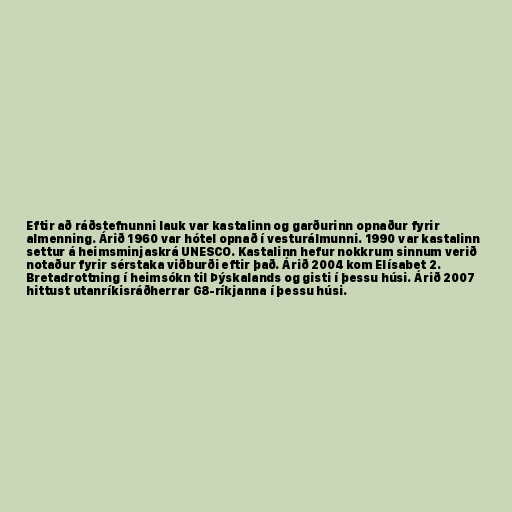
Eftir að ráðstefnunni lauk var kastalinn og garðurinn opnaður fyrir
almenning. Árið 1960 var hótel opnað í vesturálmunni. 1990 var kastalinn
settur á heimsminjaskrá UNESCO. Kastalinn hefur nokkrum sinnum verið
notaður fyrir sérstaka viðburði eftir það. Árið 2004 kom Elísabet 2.
Bretadrottning í heimsókn til Þýskalands og gisti í þessu húsi. Árið 2007
hittust utanríkisráðherrar G8-ríkjanna í þessu húsi.